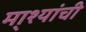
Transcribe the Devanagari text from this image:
मा्श्यांची